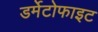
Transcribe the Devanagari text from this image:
डर्मेटोफाइट